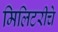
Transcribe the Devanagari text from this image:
मिलिटरीचे